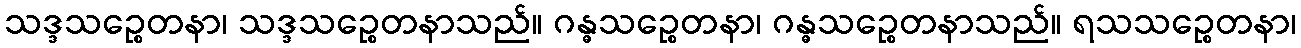
သဒ္ဒသဉ္စေတနာ၊ သဒ္ဒသဉ္စေတနာသည်။ ဂန္ဓသဉ္စေတနာ၊ ဂန္ဓသဉ္စေတနာသည်။ ရသသဉ္စေတနာ၊